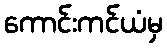
ကောင်းကင်ယံမှ